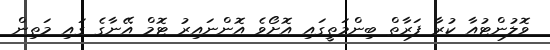
ވޮލުންޓުއާ ކުރާ ފަރާތް ބިންމަތީގައި އޮށޯވެ އޮންނައިރު ޓޮމް އޭނާގެ ގައި މަތިން